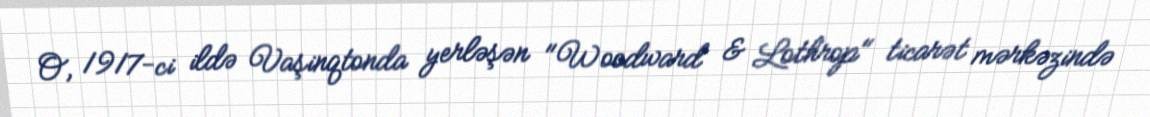
O, 1917-ci ildə Vaşinqtonda yerləşən "Woodward & Lothrop" ticarət mərkəzində